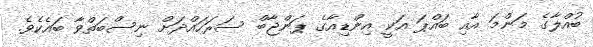
ބުއްލާގެ މަންމަ އާއި ބައްޕަ އަކީ އިންޑިއާގެ ޕަންޖާބް ސަރަހައްދަށް ނިސްބަތްވާ ބައެެކެވެ.